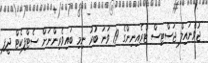
ޖުވެނައިލް ޖަސްޓިސް ޓްރެއިނިންގެ 19 ވަނަ ބުރު ނިމި ބައިވެރިންނަށް ސެޓްފިކެޓް ދީފި